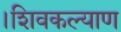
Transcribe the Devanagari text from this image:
।शिवकल्याण